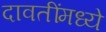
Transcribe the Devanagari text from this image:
दावतींमध्ये